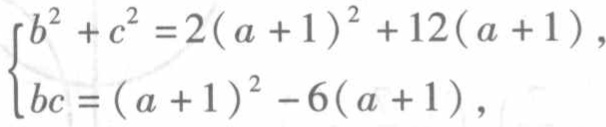
\[\begin{cases}
b^{2}+c^{2}=2(a + 1)^{2}+12(a + 1),\\
bc=(a + 1)^{2}-6(a + 1),
\end{cases}\]